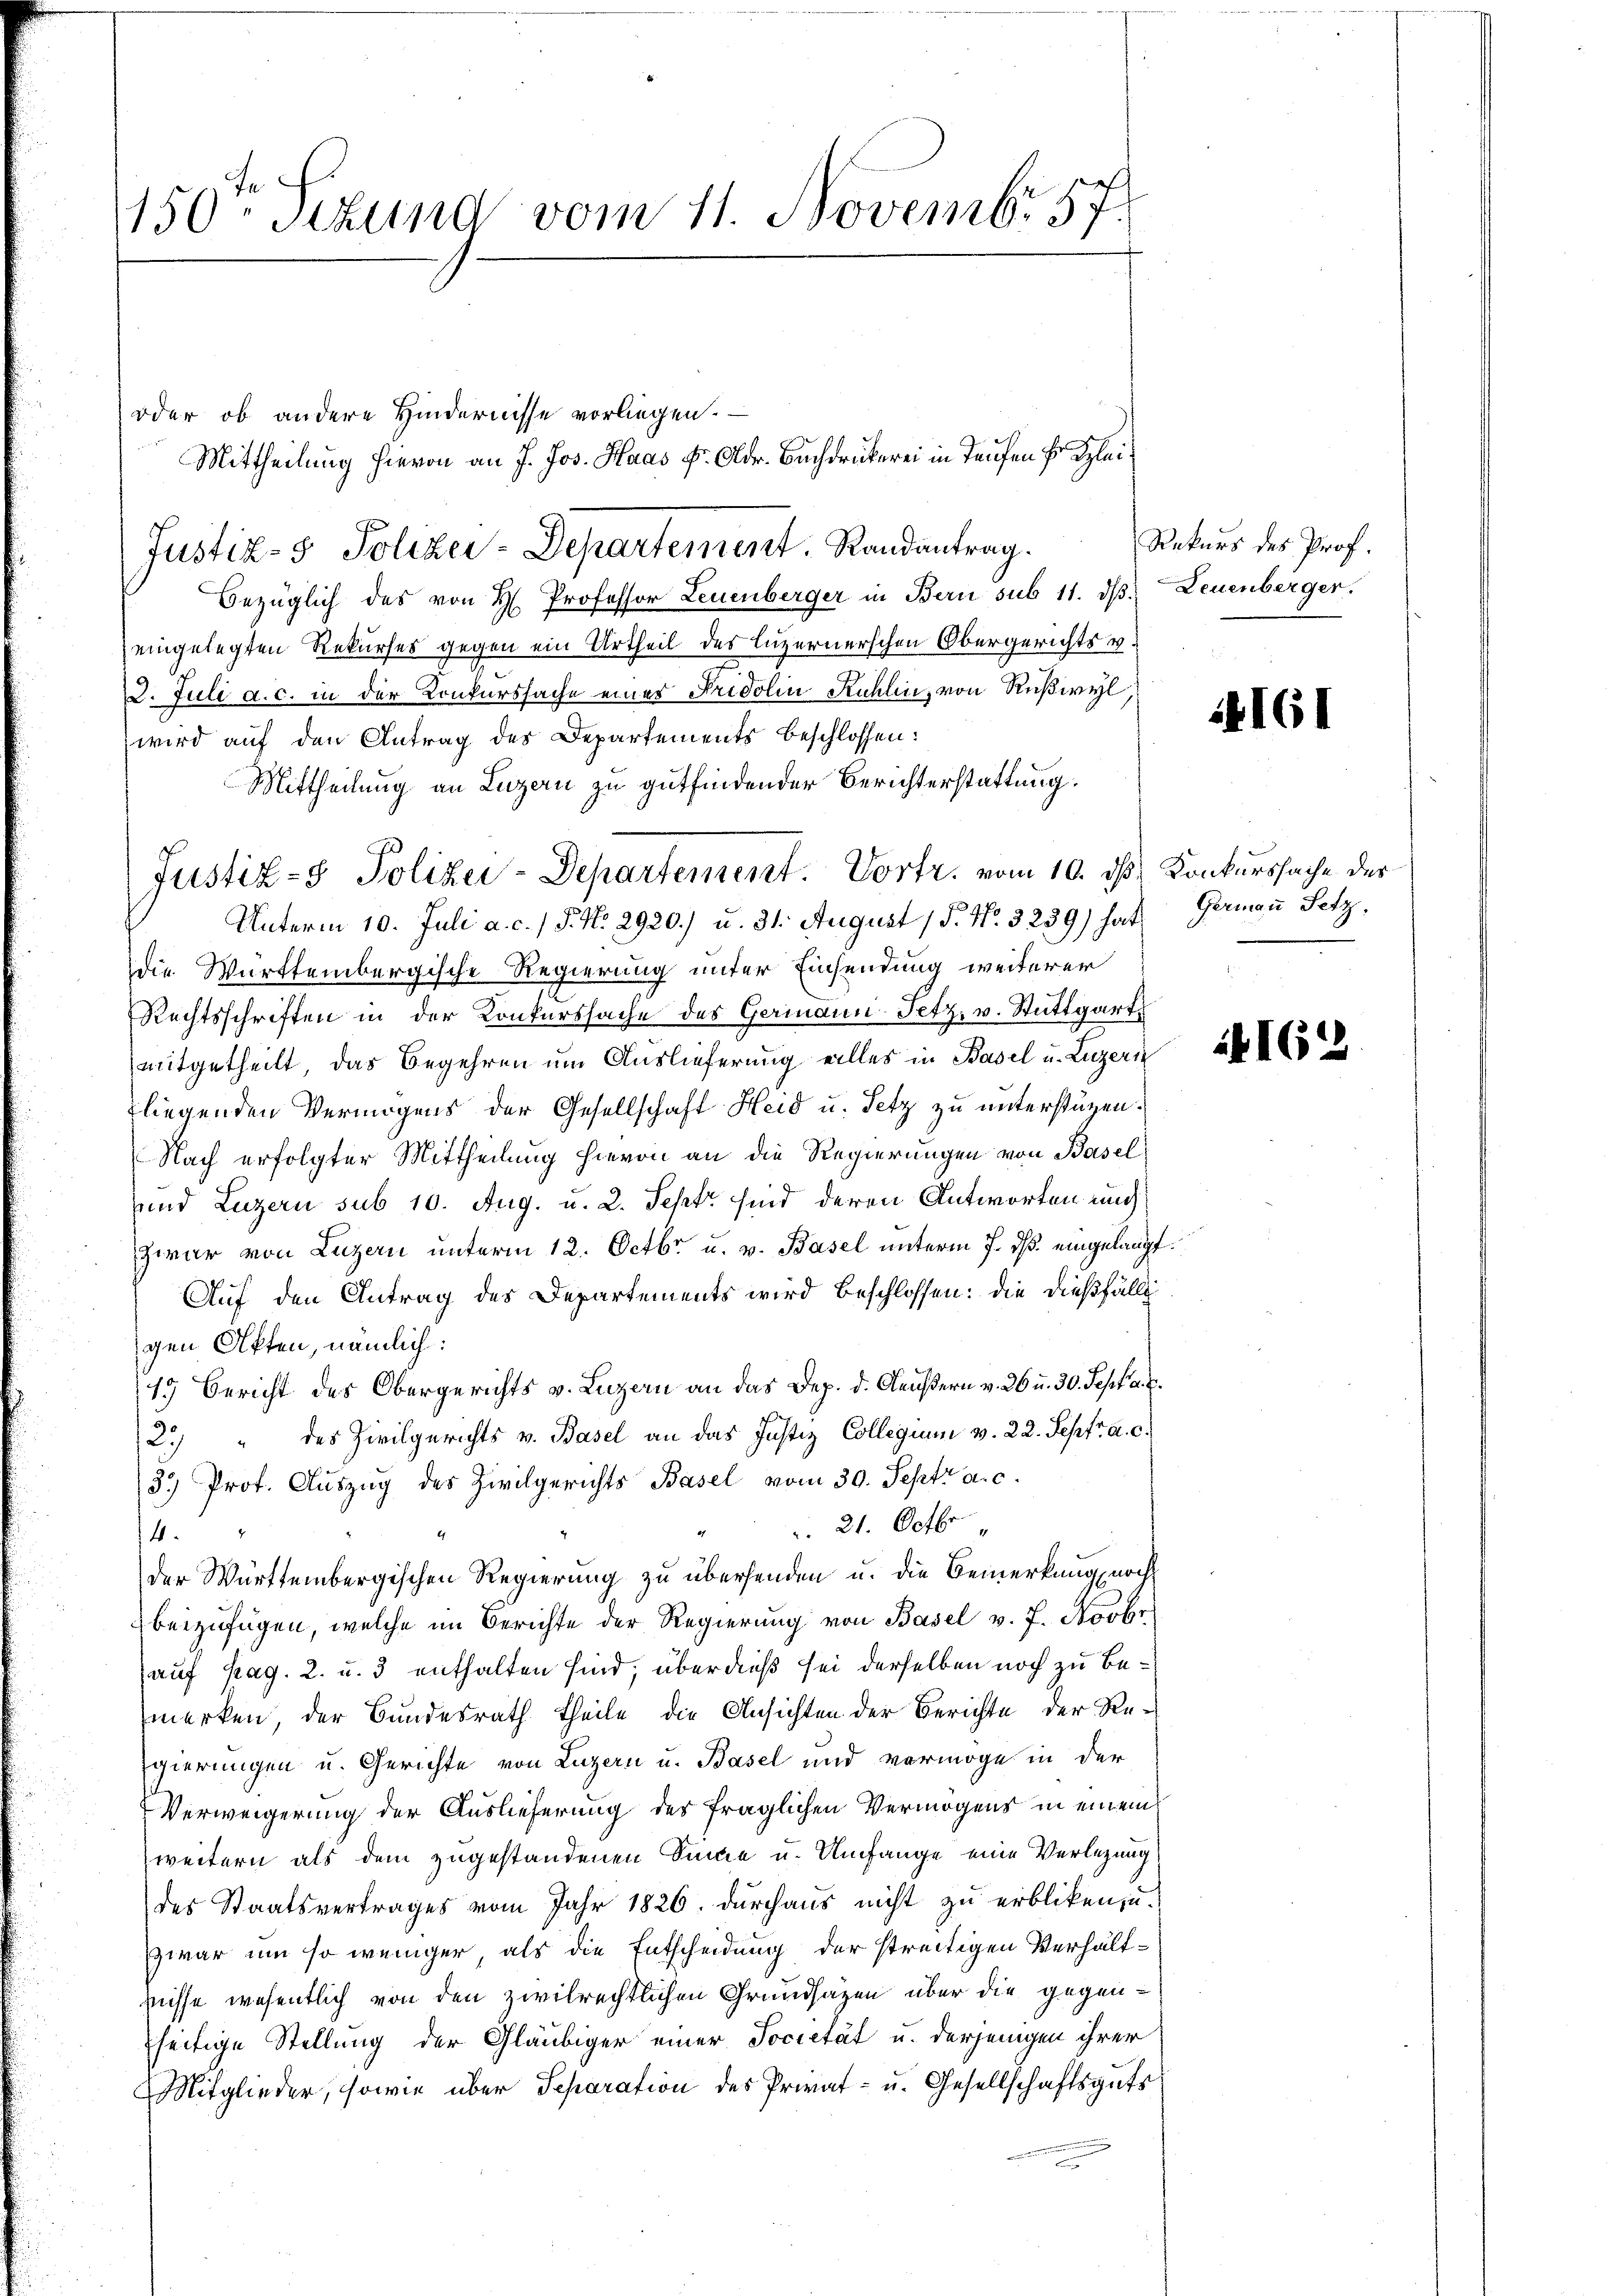
150ten Sizung vom 11. Novembr. 57.

oder ob andere Hindernisse vorliegen.
Bezüglich des von H. Professor Leuenberger in Bern sub 11. dβ Leuenberger.
eingelegten Rekurses gegen ein Urtheil des Luzernerschen Obergerichts v.
2. Juli a. c. in der Konkurssache eines Fridolin Kühlin, von Rußwyl
wird auf den Antrag des Departements beschlossen:
Mittheilung an Luzern zu gutfindender Berichterstattung.
Unterm 10. Juli a. c. / 5. No. 2920.) u. 31. August 18. No. 3239) hat
die Württembergische Regierung unter Einsendung weiterer
Rechtsschriften in der Konkurssache des Germann Fetz, v. Stuttgart
mitgetheilt, das Begehren um Auslieferung eilles in Basel u. Luzern
liegenden Vermögens der Gesellschaft Heid u. Setz zu unterstützen.
Nach erfolgter Mittheilung hievon an die Regierungen von Basel
und Luzern sub 10. Aug. u. 2. Sept sind deren Antworten und
zwar von Luzern unterm 12. Octbr. u. v. Basel unterm 7. ds. eingelangt.
Auf den Antrag des Departements wird beschlossen: die dießfälli
gen Akten, nämlich:
15 Bericht des Obergerichts v. Luzern an das Dep. d. Aeußern v. 26 u. 30. Sept. a.
2) " des Zivilgerichts v. Basel an das Justiz Collegium v. 22. Septr. a. c.
3. Prof. Auszug des Zivilgerichts Basel vom 30. Septz a. c.
 21. Octbr.
14.
der Württembergischen Regierung zu übersenden u. die Bemerkung noch
beizufügen, welche im Berichte der Regierung von Basel v. 7. Novbr
auf pag. 2. u. 3 enthalten sind, überdieß sei derselben noch zu bemerken, der Bundesrath theile die Ansichten der Berichte der Re-
gierungen u. Gerichte von Luzern u. Basel und vermöge in der
Verweigerung der Auslieferung des fraglichen Vermögens in einem
weitern als dem zugestandenen Sinne u. Umfange eine Verlegung
des Staatsvertrages vom Jahr 1826. durchaus nicht zu erbliken, u.
zwar um so weniger, als die Entscheidung der streitigen Verhältnisse wesentlich von den zivilrechtlichen Grundsätzen über die gegen-
seitige Stellung der Gläubiger einer Societät u. derjenigen ihrer
Mitglieder, sowie über Separation des Privat- u. Gesellschaftsguts

Justiz- & Polizei-Departement. Randantrag.

Justiz- & Polizei-Departement. Vortr. vom 10. ds Konkurssache des

Mittheilung hievon an J. Jos. Haas fr. Alder. Buchdrukerei in Taufen Fr. Klei¬

Rekurs des Prof.

14161

Gerinau setz,

i4162